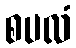
စပလံ